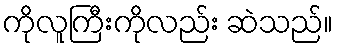
ကိုလူကြီးကိုလည်း ဆဲသည်။